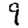
Digit: 9